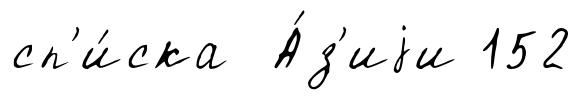
сп'и́ска А́з'иjи 152